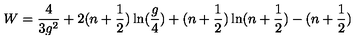
W = \frac { 4 } { 3 g ^ { 2 } } + 2 ( n + \frac { 1 } { 2 } ) \ln ( \frac { g } { 4 } ) + ( n + \frac { 1 } { 2 } ) \ln ( n + \frac { 1 } { 2 } ) - ( n + \frac { 1 } { 2 } )